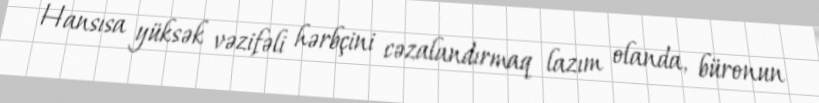
Hansısa yüksək vəzifəli hərbçini cəzalandırmaq lazım olanda, büronun